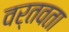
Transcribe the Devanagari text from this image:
वर्तवता